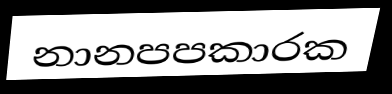
නානපපකාරක